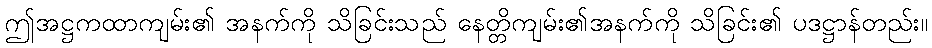
ဤအဋ္ဌကထာကျမ်း၏ အနက်ကို သိခြင်းသည် နေတ္တိကျမ်း၏အနက်ကို သိခြင်း၏ ပဒဋ္ဌာန်တည်း။